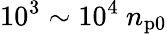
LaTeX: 10^{3}\sim 10^{4}~n_{\mathrm{p0}}